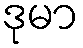
ဒုမာ